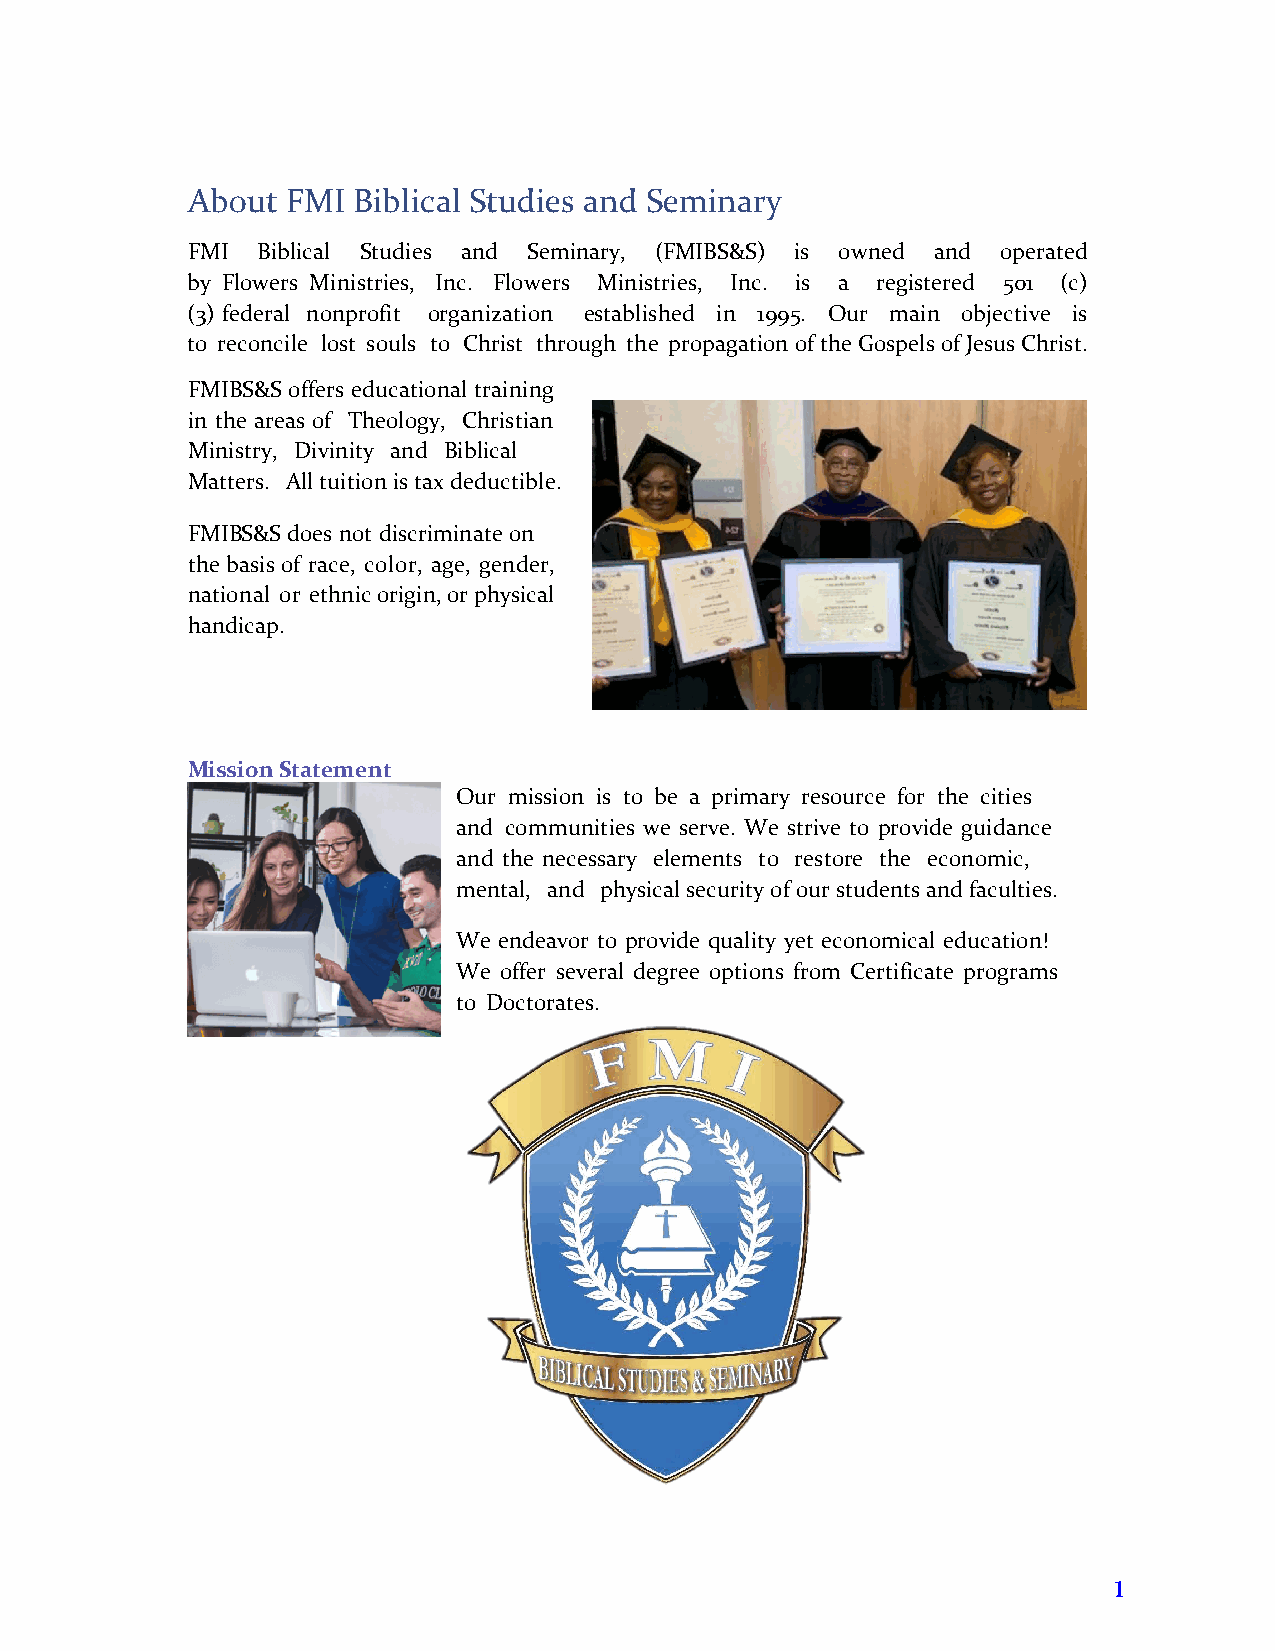
About  FMI Biblical Studies and Seminary
 FMI  Biblical Studies and Seminary, (FMIBS&S) is owned and operated
 by Flowers Ministries, Inc. Flowers Ministries, Inc. is a registered 501 (c)
 (3) federal nonprofit organization established in 1995. Our main objective is
 to reconcile lost souls to Christ through the propagation of the Gospels of Jesus Christ.
 FMIBS&S offers educational training
 in the areas of Theology, Christian
 Ministry, Divinity and Biblical
 Matters. All tuition is tax deductible.
 FMIBS&S does not discriminate on
 the basis of race, color, age, gender,
 national or ethnic origin, or physical
 handicap.
 Mission Statement
 Our mission is to be a primary resource for the cities
 and communities we serve. We strive to provide guidance
 and the necessary elements to restore the economic,
 mental, and physical security of our students and faculties.
 We endeavor to provide quality yet economical education!
 We offer several degree options from Certificate programs
 to Doctorates.
 1